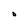
Character: O